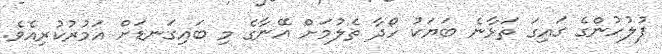
ފުލުހުންގެ ގައިގަ ތަޅާނެ ބަޔަކު ހޯދާ ތެލުމަށް އޭނާގެ މި ބައިގަނޑަށް އަމުރުކުރިއެވެ.